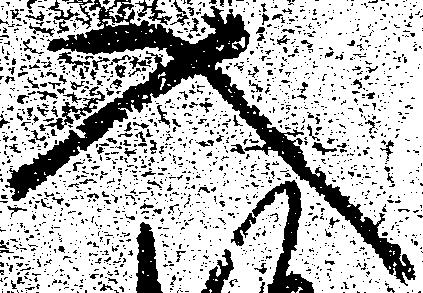
入